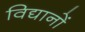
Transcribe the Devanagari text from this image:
विद्यानों